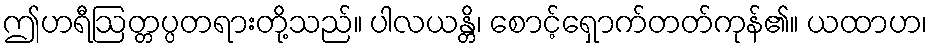
ဤဟရီဩတ္တပ္ပတရားတို့သည်။ ပါလယန္တိ၊ စောင့်ရှောက်တတ်ကုန်၏။ ယထာဟ၊